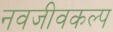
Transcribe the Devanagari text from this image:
नवजीवकल्प